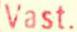
Vast.